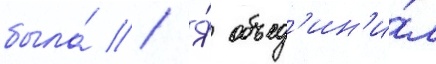
была́ // Я́ объед'ин'и́л